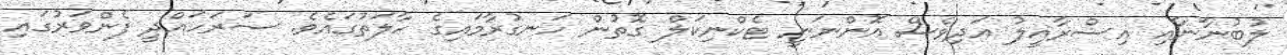
ލުބުނާނާއި އިސްރާއީލު އަދިވެސް އޮންނަނީ ޓެކްނިކަލް ގޮތުން ހަނގުރާމައިގެ ހާލަތުގައެވެ. ސަރަހައްދީ ފެންވަރުގައި